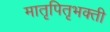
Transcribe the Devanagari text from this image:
मातृपितृभक्ती